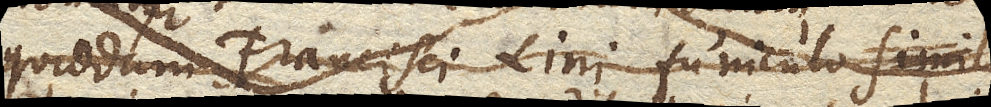
quiddam Fancisci Lini funiculo simile